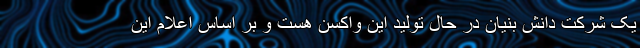
یک شرکت دانش بنیان در حال تولید این واکسن هست و بر اساس اعلام این